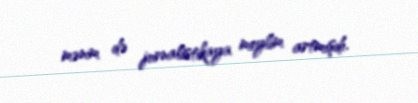
mənim də jurnalistikaya meylim artmışdı.